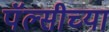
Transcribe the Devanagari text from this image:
पॅल्सीच्या